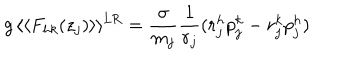
g \, \langle \langle F _ { h k } ( z _ { j } ) \rangle \rangle ^ { \mathrm { L R } } = \frac { \sigma } { m _ { j } } \frac { 1 } { r _ { j } } ( r _ { j } ^ { h } p _ { j } ^ { k } - r _ { j } ^ { k } p _ { j } ^ { h } )